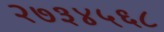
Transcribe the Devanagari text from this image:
२७३४५६८